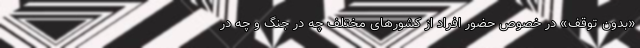
«بدون توقف» در خصوص حضور افراد از کشورهای مختلف چه در جنگ و چه در